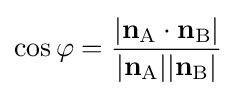
\cos \varphi ={\frac {\left\vert \mathbf {n} _{\mathrm {A} }\cdot \mathbf {n} _{\mathrm {B} }\right\vert }{|\mathbf {n} _{\mathrm {A} }||\mathbf {n} _{\mathrm {B} }|}}